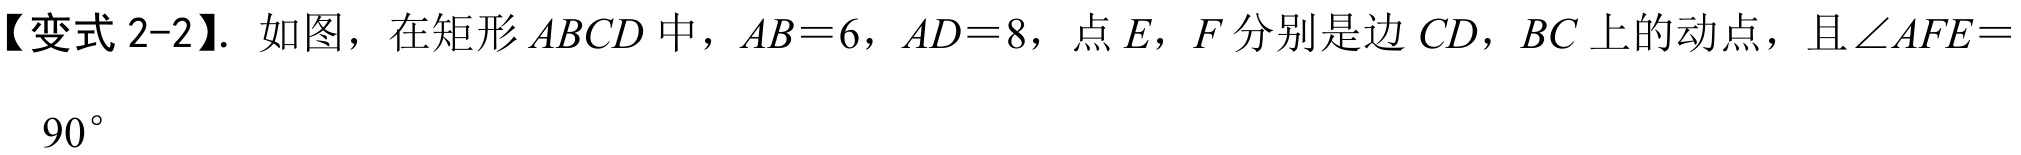
【变式 2-2】. 如图，在矩形 \(ABCD\) 中，\(AB = 6\)，\(AD = 8\)，点 \(E\)，\(F\) 分别是边 \(CD\)，\(BC\) 上的动点，且 \(\angle AFE = 90^{\circ}\)